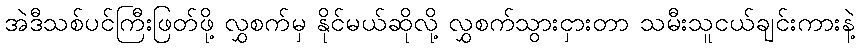
အဲဒီသစ်ပင်ကြီးဖြတ်ဖို့ လွှစက်မှ နိုင်မယ်ဆိုလို့ လွှစက်သွားငှားတာ သမီးသူငယ်ချင်းကားနဲ့